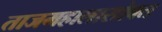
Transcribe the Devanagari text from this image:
ताजमहालासोबत